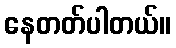
နေတတ်ပါတယ်။